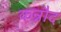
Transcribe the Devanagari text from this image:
कन्नौद